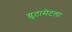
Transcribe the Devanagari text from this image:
ग्लुटामेटला